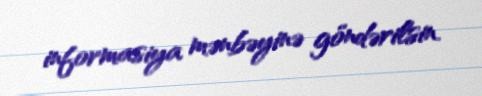
informasiya mənbəyinə göndərilsin.